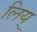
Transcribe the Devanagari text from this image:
लिय्